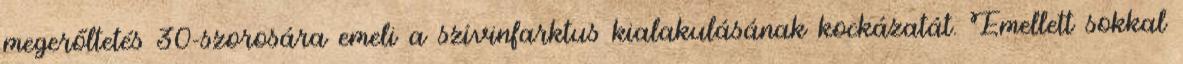
megerőltetés 30-szorosára emeli a szívinfarktus kialakulásának kockázatát. Emellett sokkal